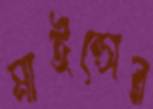
মাইন্সের